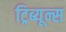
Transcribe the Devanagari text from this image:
ट्रिब्यून्स